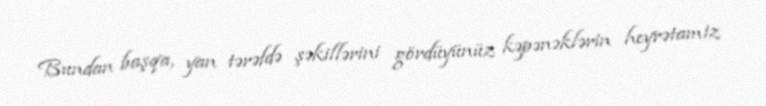
Bundan başqa, yan tərəfdə şəkillərini gördüyünüz kəpənəklərin heyrətamiz